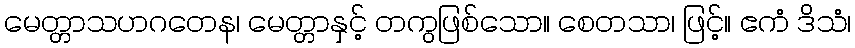
မေတ္တာသဟဂတေန၊ မေတ္တာနှင့် တကွဖြစ်သော။ စေတသာ၊ ဖြင့်။ ဧကံ ဒိသံ၊